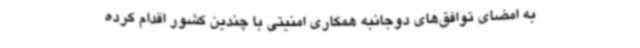
به امضای توافق‌های دوجانبه همکاری امنیتی با چندین کشور اقدام کرده